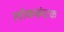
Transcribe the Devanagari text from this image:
लोककंटक